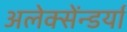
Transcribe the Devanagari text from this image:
अलेक्सेंन्डर्या